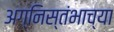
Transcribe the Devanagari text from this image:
अग्निस्तंभाच्या